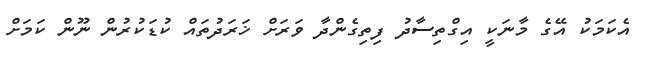
އެކަމަކު އޭގެ މާނަކީ އިގްތިސާދު ފިތިގެންދާ ވަރަށް ޚަރަދުތައް ކުޑަކުރުން ނޫން ކަމަށް